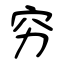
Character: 穷